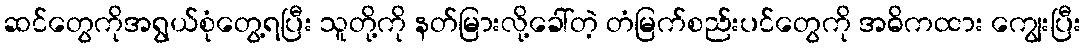
ဆင်တွေကိုအရွယ်စုံတွေ့ရပြီး သူတို့ကို နတ်မြားလို့ခေါ်တဲ့ တံမြက်စည်းပင်တွေကို အဓိကထား ကျွေးပြီး